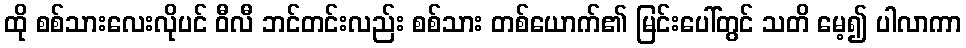
ထို စစ်သားလေးလိုပင် ဝီလီ ဘင်တင်းလည်း စစ်သား တစ်ယောက်၏ မြင်းပေါ်တွင် သတိ မေ့၍ ပါလာကာ